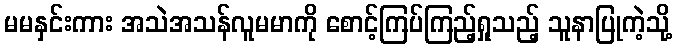
မမနှင်းကား အသဲအသန်လူမမာကို စောင့်ကြပ်ကြည့်ရှုသည့် သူနာပြုကဲ့သို့